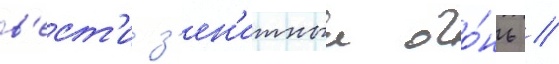
в'ест'и з'ен'итныи ого́нь //